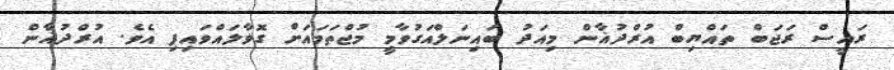
ރައީސް ރަޖަބް ތައްޔިބް އުރްދުޣާން މިއަދު ބައިނަލްއަގުވާމީ މުޖްތަމައަށް ގޮވާލައްވައިފި އެވެ. އުރްދުޣާން